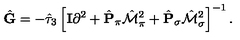
\hat { \bf G } = - \hat { \tau } _ { 3 } \left[ { \bf I } \partial ^ { 2 } + \hat { \bf P } _ { \pi } \hat { \cal M } _ { \pi } ^ { 2 } + \hat { \bf P } _ { \sigma } \hat { \cal M } _ { \sigma } ^ { 2 } \right] ^ { - 1 } \raisebox { - 2 . 8 5 m m } { \scriptsize { \vec { \varphi } _ { 1 } = \vec { \varphi } _ { 2 } = \vec { \varphi } } } .